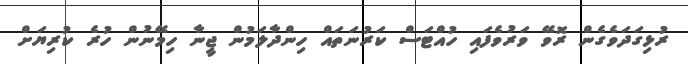
ރުޅިގަދަވެގެން ރޮވޭ ވަރުވެފައި ހުއްޓަސް ކަރުނަތައް ހިންދާލަމުން ޖީނާ ހިމޭނުން ހުރެ ކުރިޔަށް